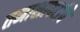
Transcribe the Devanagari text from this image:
तमाशापटांचे